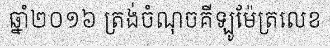
ឆ្នាំ២០១៦ ត្រង់ចំណុចគីឡូម៉ែត្រលេខ